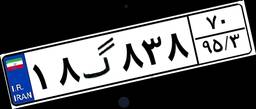
۱۸گ۸۳۸۷۰